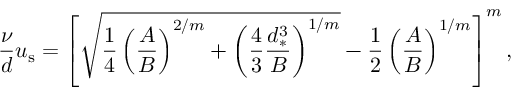
\frac { \nu } { d } u _ { \mathrm { s } } = \left[ \sqrt { \frac { 1 } { 4 } \left( \frac { A } { B } \right) ^ { 2 / m } + \left( \frac { 4 } { 3 } \frac { d _ { * } ^ { 3 } } { B } \right) ^ { 1 / m } } - \frac { 1 } { 2 } \left( \frac { A } { B } \right) ^ { 1 / m } \right] ^ { m } ,